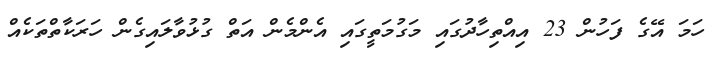
ހަމަ އޭގެ ފަހުން 23 އިއްތިހާދުގައި މަގުމަތީގައި އެންމެން އަތް ގުޅުވާލައިގެން ހަރަކާތްތަކެއް